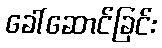
ခေါ်ဆောင်ခြင်း